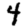
Digit: 4